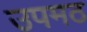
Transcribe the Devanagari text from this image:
उपमठ